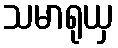
သမာရုယှ